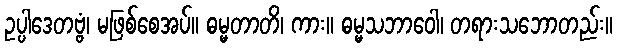
ဥပ္ပါဒေတဗ္ဗံ၊ မဖြစ်စေအပ်။ ဓမ္မတာတိ၊ ကား။ ဓမ္မသဘာဝေါ၊ တရားသဘောတည်း။